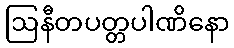
ဩနီတပတ္တပါဏိနော